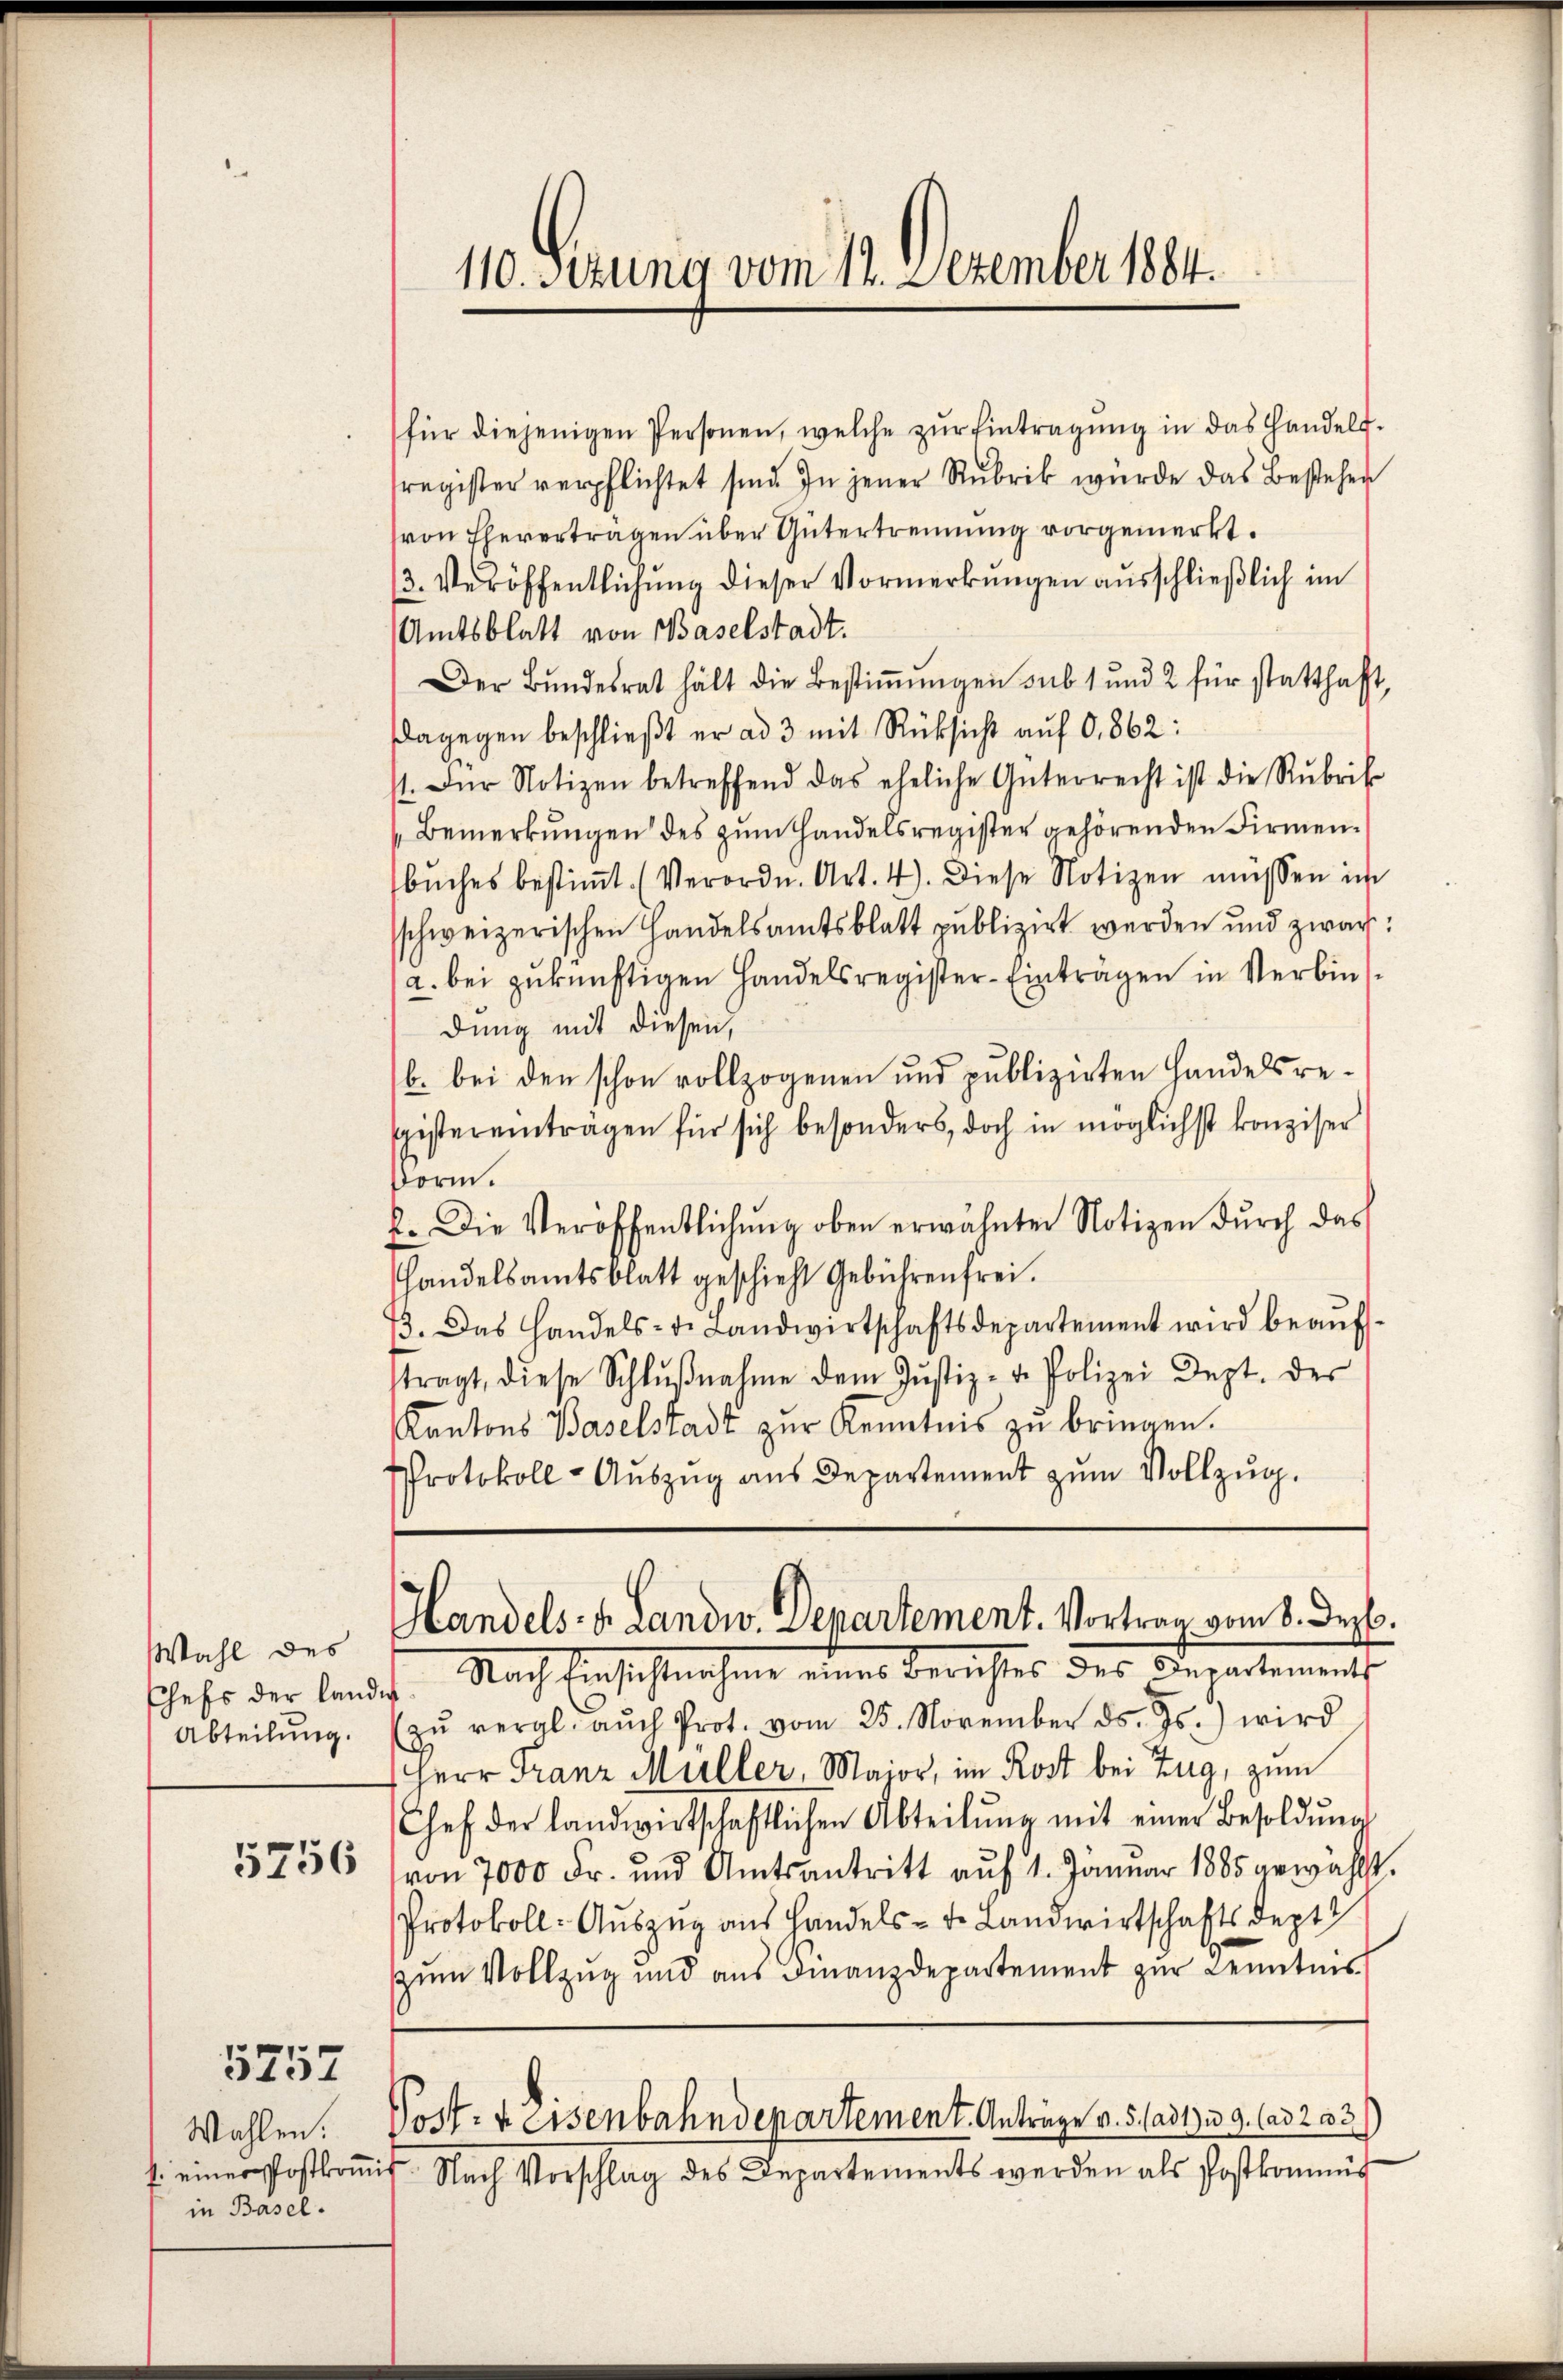
Wahl des
Abteilung.

5756

5257

Wahlen.
in Basel.

für diejenigen Personen, welche zŭr Eintragŭng in das Handels-
register verpflichtet sind. In jener Rubrik wurde das Bestehen
von Eheverträgen über Gütertrennung vorgemerkt.
(3. Veröffentlichŭng dieser Vormerkungen ausschließlich im
Amtsblatt von Baselstadt.
Der Bŭndesrat hält die Bestiṁŭngen sub 1 und 2 für statthaft,
Dagegen beschließt er ad 3 mit Rücksicht auf 0,862:
st. Für Notizen betreffend das eheliche Güterrecht ist die Rubrif-
Bemerkungen des zum Handelsregister gehörenden Firmenbŭches bestiṁt. (Verordn. Art. 4). Diese Notizen müssen in
schweizerischen Handelsamtsblatt publizirt werden und zwar:
a. bei zukünftigen Handelsregister-Einträgen in Verbindung mit diesen,
b. bei den schon vollzogenen und publizirten Handelsre-
spistereintragen für sich besonders, doch in möglichst konziser
Dorm.
2. Die Veröffentlichung oben erwähnten Notizen durch das
handelsamtsblatt geschieht Gebührenfrei.
73. Das Handels- u. Landwirtschaftsdepartement wird beaŭf-
stragt, diese Schlŭβnahme dem Jŭstiz- u. Polizei Dept. der
Kantons Baselstadt zur Kenntnis zu bringen.
Protokoll-Auszug aus Departement zum Vollzug.

110. Sizung vom 11. Dezember 1884.

Handels- u. Landw. Departement. Vortrag vom 8. Dezb.

sehr der land. Nach Einsichtnahme eines Berichtes des Departement
zŭ vergl. aŭch Prot. vom 25. November ds. Js.) wird
Herr Franz Müller, Major, im Rost bei Zug, zum
Chef der landwirtschaftlichen Abteilŭng mit einer Besoldŭng
von 7000 Fr. und Amtsantritt aŭf 1. Januar 1885 gewählt.
Protokoll- Aŭszŭg ans Handels- u. Landwirtschaftsdept
zum Vollzug und aus Finanzdepartement zur Kenntnis
Post- & Eisenbahndepartement. Anträge v. 5. (adt) u. 9. ad 203
s. einer Postkomit Nach Vorschlag des Departements werden als Postkommis